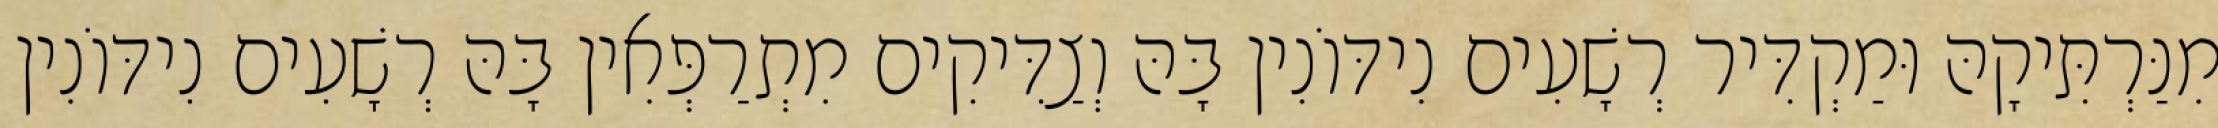
מִנַּרְתִּיקָהּ וּמַקְדִּיר רְשָׁעִים נִידּוֹנִין בָּהּ וְצַדִּיקִים מִתְרַפְּאִין בָּהּ רְשָׁעִים נִידּוֹנִין